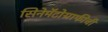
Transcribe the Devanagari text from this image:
सिनेमॅटोग्राफीची